Report on the cholera epidemic of
Year: 1868
Disease focus: Cholera
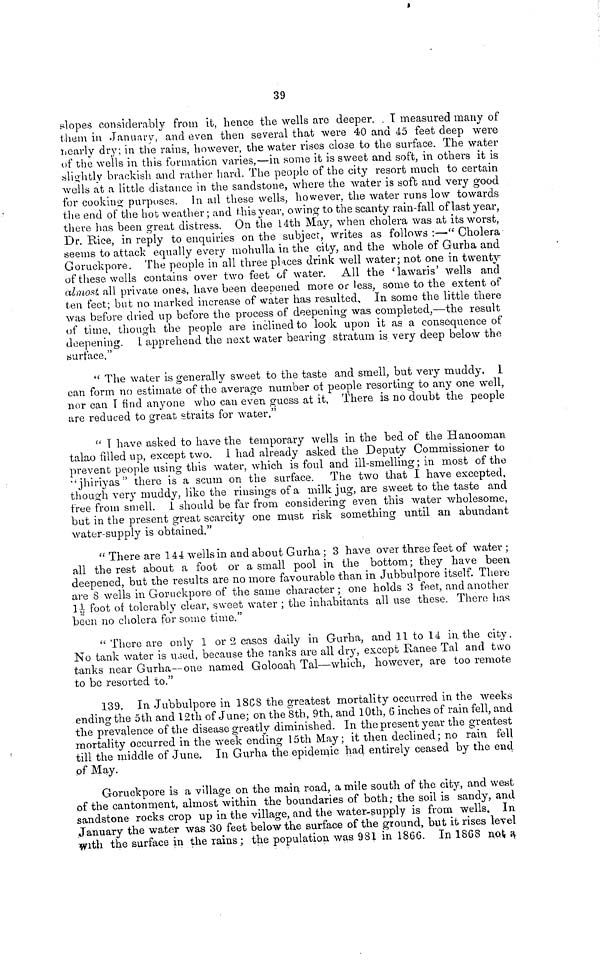
39
slopes considerably from it, hence the wells are deeper. I measured many of
them in January, and even then several that were 40 and 45 feet deep were
nearly dry; in the rains, however, the water rises close to the surface. The water
of the wells in this formation varies,—in some it is sweet and soft, in others it is
slightly brackish and rather hard. The people of the city resort much to certain
wells at a little distance in the sandstone, where the water is soft and very good
for cooking purposes. In all these wells, however, the water runs low towards
the end of the hot weather ; and this year, owing to the scanty rain-fall of last year,
there has been great distress. On the 14th May, when cholera was at its worst,
Dr. Rice, in reply to enquiries on the subject, writes as follows :—" Cholera
seems to attack equally every mohulla in the city, and the whole of Gurha and
Goruckpore. The people in all three places drink well water; not one in twenty
of these wells contains over two feet of water. All the 'lawaris' wells and
almost all private ones, have been deepened more or less, some to the extent of
ten feet; but no marked increase of water has resulted. In some the little there
was before dried up before the process of deepening was completed,—the result
of time, though the people are inclined to look upon it as a consequence of
deepening. I apprehend the next water bearing stratum is very deep below the
surface."
" The water is generally sweet to the taste and smell, but very muddy. 1
can form no estimate of the average number oí people resorting to any one well,
nor can T find anyone who can even guess at it, There is no doubt the people
are reduced to great straits for water."
" Τ have asked to have the temporary wells in the bed of the Hanooman
talao filled up, except two. 1 had already asked the Deputy Commissioner to
prevent people using this water, which is foul and ill-smelling; in most of the
"'jhiriyas " there is a scum on the surface. The two that I have excepted,
though very muddy, like the rinsings of a milk jug, are sweet to the taste and
free from smell. I should be far from considering even this water wholesome,
but in the present great scarcity one must risk something until an abundant
water-supply is obtained."
" There are 144 wells in and about Gurha ; 3 have over three feet of water ;
all the rest about a foot or a small pool in the bottom ; they have been
deepened, but the results are no more favourable than in Jubbulpore itself. There
are 8 wells in Goruckpore of the same character ; one holds 3 feet, and another
1½ foot of tolerably clear, sweet water ; the inhabitants all use these. There has
been no cholera for some time,"
" There are only 1 or 2 cases daily in Gurha, and 11 to 14 in the city.
No tank water is used, because the tanks are all dry, except Ranee Tal and two
tanks near Gurha—one named Golooah Tal—which, however, are too remote
to be resorted to."
139. In Jubbulpore in 1868 the greatest mortality occurred in the weeks
ending the 5th and 12th of June; on the 8th, 9th, and 10th, 6 inches of rain fell, and
the prevalence of the disease greatly diminished. In the present year the greatest
mortality occurred in the week ending 15th May ; it then declined ; no rain fell
till the middle of June. In Gurha the epidemic had entirely ceased by the end
of May.
Goruckpore is a village on the main road, a mile south of the city, and west
of the cantonment, almost within the boundaries of both; the soil is sandy, and
sandstone rocks crop up in the village, and the water-supply is from wells. In
January the water was 30 feet below the surface of the ground, but it rises level
with the surface in the rains ; the population was 981 in 1866. In 1868 not a